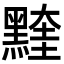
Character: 𪑭